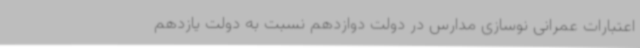
اعتبارات عمرانی نوسازی مدارس در دولت دوازدهم نسبت به دولت یازدهم